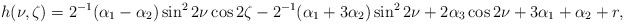
\begin{align*}h(\nu,\zeta) ={}&2^{-1}(\alpha_1 - \alpha_2) \sin^2 2\nu \cos2\zeta-2^{-1}(\alpha_1 + 3\alpha_2) \sin^2 2\nu +2\alpha_3 \cos 2\nu +3\alpha_1+\alpha_2+r ,\end{align*}